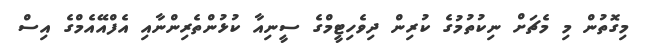
މިގޮތުން މި މެޗަށް ނިކުތުމުގެ ކުރިން ދިވެހިޓީމްގެ ސީނިއާ ކުޅުންތެރިންނާއި އެފްއޭއެމްގެ އިސް